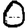
Digit: 0